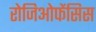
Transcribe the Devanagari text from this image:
रोजिओफेंसिस